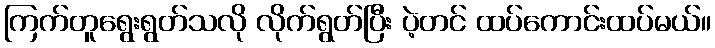
ကြက်တူရွေးရွတ်သလို လိုက်ရွတ်ပြီး ပဲ့တင် ထပ်ကောင်းထပ်မယ်။